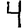
Digit: 4